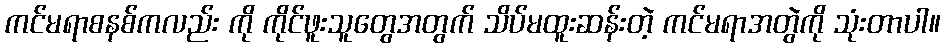
ကင်မရာစနစ်ကလည်း ကို ကိုင်ဖူးသူတွေအတွက် သိပ်မထူးဆန်းတဲ့ ကင်မရာအတွဲကို သုံးတာပါ။